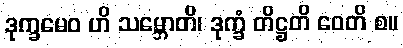
ဒုက္ခမေဝ ဟိ သမ္ဘောတိ၊ ဒုက္ခံ တိဋ္ဌတိ ဝေတိ စ။